Vaccine operations Central Provinces 1900-1911 - 1900-1911
Year: 1900
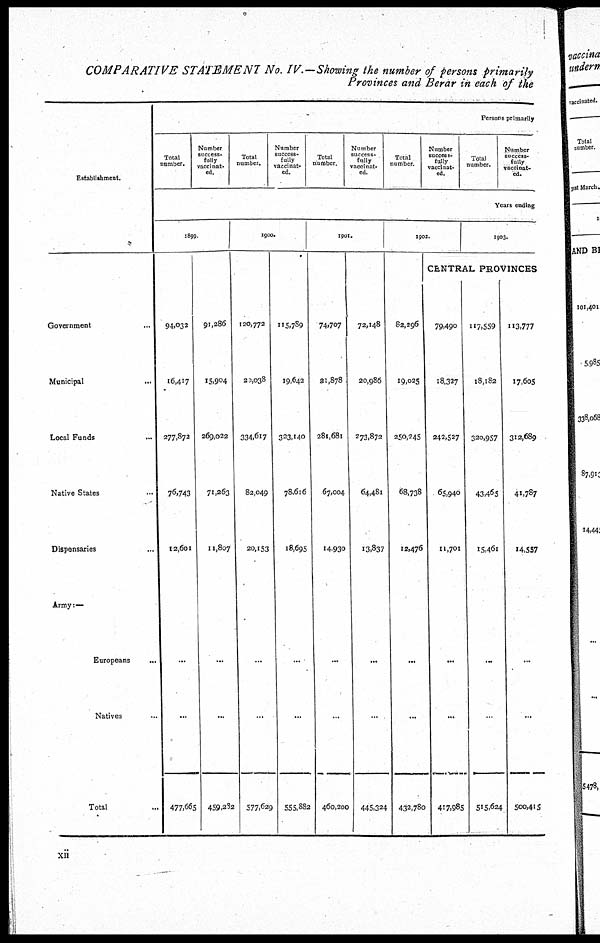
COMPARATIVE STATEMENT No. IV.—Showing the number of persons primarily
Provinces and Berar in each of the
Establishment.
Government ...
Municipal ...
Local Funds
...
Native States ...
Dispensaries ...
Army:—
Europeans ...
Natives ...
Total ...
Persons primarily
Total
number.
Number
success-
fully
vaccinat-
ed.
Total
number.
Number
success-
fully
vaccinat-
ed.
Total
number.
Number
success-
fully
vaccinat-
ed.
Total
number.
Number
success-
fully
vaccinat-
ed.
Total
number.
Number
success-
fully
vaccinat-
ed.
Years ending
1899
94,032
16,417
277,872
76,743
12,601
...
...
477,665
91,286
15,904
269,022
71,263
11,807
...
...
459,282
1900.
120,772
20,038
334,617
82,049
20,153
...
...
577,629
115,789
19,642
323,140
78,616
18,695
...
...
555,882
1901.
74,707
31,878
281,681
67,004
14,930
...
...
460,200
72,148
20,986
273,872
64,481
13,837
...
...
445,324
1902.
82,296
19,025
250,245
68,738
12,476
...
...
432,780
1903.
CENTRAL PROVINCES
79,490
18,327
242,527
65,940
11,701
...
...
417,985
117,559
18,182
320,957
43,465
15,461
...
...
515,624
113,777
17,605
312,689
41,787
14,557
...
...
500,415
xii